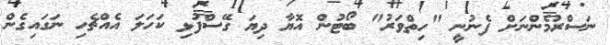
ނަސްރުމެންނަށް ފެނުނީ "ހިތްވަރު" ބޯޓުން އޮޔާ ދިޔަ ގޭސްފުޅި ކަހަލަ އެއްޗެހި ނަގައިގެން